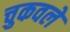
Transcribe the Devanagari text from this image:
चुकवले